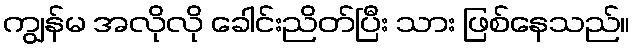
ကျွန်မ အလိုလို ခေါင်းညိတ်ပြီး သား ဖြစ်နေသည်။